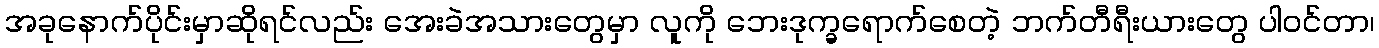
အခုနောက်ပိုင်းမှာဆိုရင်လည်း အေးခဲအသားတွေမှာ လူကို ဘေးဒုက္ခရောက်စေတဲ့ ဘက်တီရီးယားတွေ ပါဝင်တာ၊